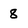
Character: 8